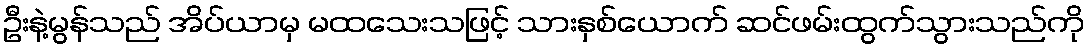
ဦးနဲ့မွန်သည် အိပ်ယာမှ မထသေးသဖြင့် သားနှစ်ယောက် ဆင်ဖမ်းထွက်သွားသည်ကို